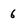
Character: 6